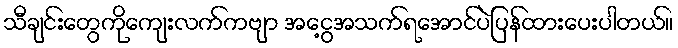
သီချင်းတွေကိုကျေးလက်ကဗျာ အငွေ့အသက်ရအောင်ပဲပြန်ထားပေးပါတယ်။